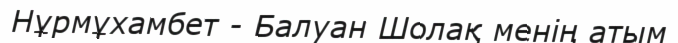
Нұрмұхамбет - Балуан Шолақ менің атым